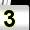
Digit: 3